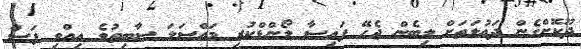
ދޫކޮށްގެން ދަޢުލަތަށް ލިބެން ޖެހޭ ފައިސާ ލޯންޑްކުރި މައްސަލަ ސާބިތުވެ އިއްވި ފަސް